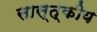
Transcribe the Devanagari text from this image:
सास्त्कीय